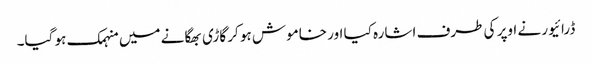
ڈرائیور نے اوپر کی طرف اشارہ کیا اور خاموش ہو کر گاڑی بھگانے میں منہمک ہو گیا۔